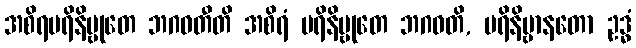
အစိရပရိနိဗ္ဗုတေ ဘဂဝတီတိ အစိရံ ပရိနိဗ္ဗုတေ ဘဂဝတိ, ပရိနိဗ္ဗာနတော ဥဒ္ဓံ